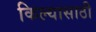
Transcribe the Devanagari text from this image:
किल्यासाठी